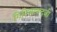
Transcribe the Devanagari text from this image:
गिरिजानन्दजी